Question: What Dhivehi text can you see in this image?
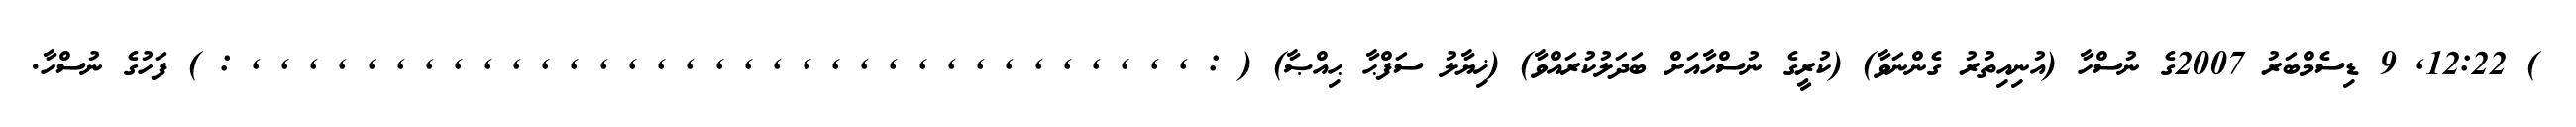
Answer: ) 12:22, 9 ޑިސެމްބަރު 2007ގެ ނުސްހާ (އުނިއިތުރު ގެންނަވާ) (ކުރީގެ ނުސްހާއަށް ބަދަލުކުރައްވާ) (ޚިޔާލު ސަފްޙާ ޙިއްޞާ) ( : , , , , , , , , , , , , , , , , , , , , , , , , , , , , , , , , , : ) ފަހުގެ ނުސްހާ.